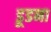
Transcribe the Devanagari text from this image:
डूडना